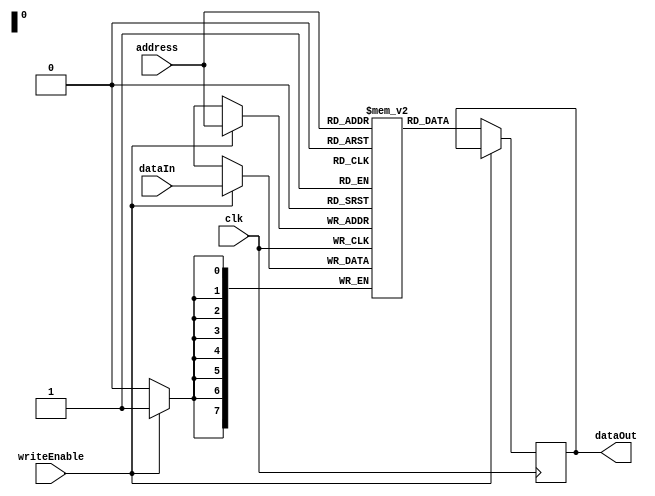
module RAM (
    input [7:0] address,
    input [7:0] dataIn,
    input writeEnable,
    input clk,
    output reg [7:0] dataOut
);

reg [7:0] memory [0:255];

always @(posedge clk) begin
    if (writeEnable) begin
        memory[address] <= dataIn;
    end else begin
        dataOut <= memory[address];
    end
end

endmodule